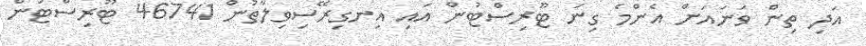
އަދި ތިން ވަނައަށް އެންމެ ގިނަ ޓޫރިސްޓުން އައި އިނގިރޭސިވިލާތުން 46741 ޓޫރިސްޓުން